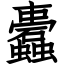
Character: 蠹